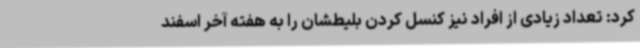
کرد: تعداد زیادی از افراد نیز کنسل کردن بلیطشان را به هفته آخر اسفند